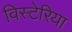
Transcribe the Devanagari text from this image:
विस्टेरिया